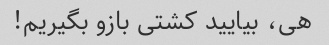
هی، بیایید کشتی بازو بگیریم!